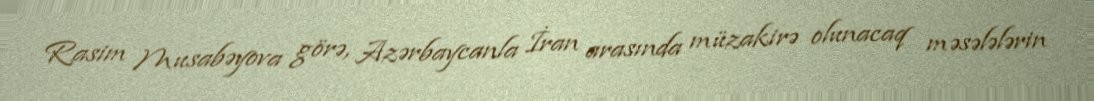
Rasim Musabəyova görə, Azərbaycanla İran arasında müzakirə olunacaq məsələlərin